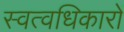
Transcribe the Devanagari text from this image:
स्वत्वधिकारों